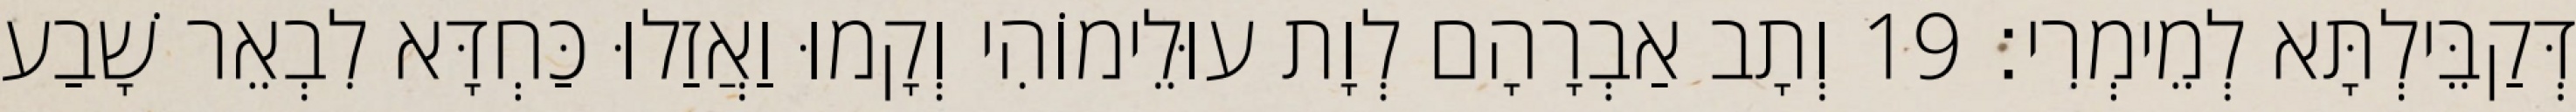
דְּקַבֵּילְתָּא לְמֵימְרִי׃ 19 וְתָב אַבְרָהָם לְוָת עוּלֵימוֹהִי וְקָמוּ וַאֲזַלוּ כַּחְדָּא לִבְאֵר שָׁבַע